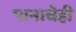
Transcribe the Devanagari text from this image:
पानाचेही